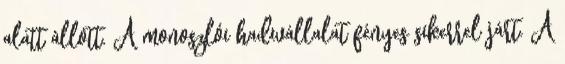
alatt állott. A monoszlói hadivállalat fényes sikerrel járt. A